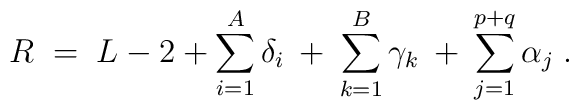
R \;=\; L-2+\sum_{i=1}^A \delta_i \:+\: \sum_{k=1}^B \gamma_k\:+\: \sum_{j=1}^{p+q} \alpha_j \;.